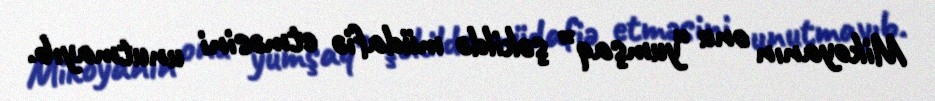
Mikoyanın onu “yumşaq” şəkildə müdafiə etməsini unutmayıb.